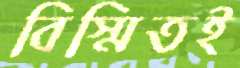
বিস্মিতই